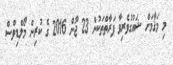
މި މަޤާމަށް ޝައުގުވެރިވާ ފަރާތްތަކުން 23 ޖޫން 2016 ގެ ކުރިން މޯލްޑިވްސް